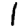
Digit: 1